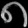
Digit: ၈